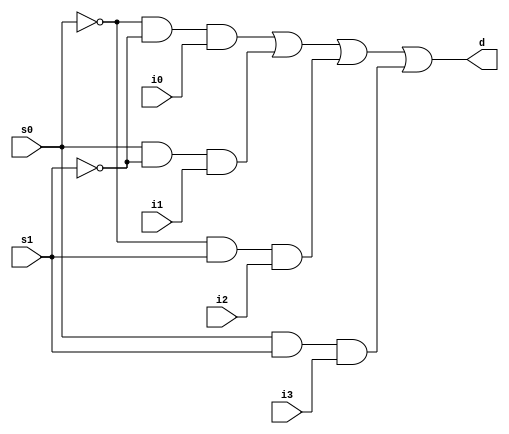
`timescale 1ns / 1ps
//////////////////////////////////////////////////////////////////////////////////
// Company: 
// Engineer: 
// 
// Design Name: 
// Module Name: MuxStructural
// Project Name: 
// Target Devices: 
// Tool Versions: 
// Description: 
// 
// Dependencies: 
// 
// Revision:
// Revision 0.01 - File Created
// Additional Comments:
// 
//////////////////////////////////////////////////////////////////////////////////


module MuxStructural(
    input s0,
    input s1,
    input i0,
    input i1,
    input i2,
    input i3,
    output d
    );
    
    //defining wires for not signals
    wire s0_not, s1_not;
    
    //applying not logic gates to not wires
    not n0 (s0_not, s0);
    not n1 (s1_not, s1);
    
    //defining wires for and signals
    wire and0, and1, and2, and3;
    
    //instantiating and gates as per the schematic
    and g0 (and0, s0_not, s1_not, i0);
    and g1 (and1, s0, s1_not, i1);
    and g2 (and2, s0_not, s1, i2);
    and g3 (and3, s0, s1, i3);
    
    //instantiating or gate as per schematic
         
    or orGate (d, and0, and1, and2, and3);
      
endmodule